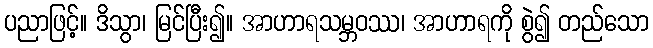
ပညာဖြင့်။ ဒိသွာ၊ မြင်ပြီး၍။ အာဟာရသမ္ဘဝဿ၊ အာဟာရကို စွဲ၍ တည်သော